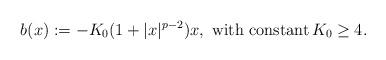
LaTeX: \begin{align*}b(x):=-K_0(1+|x|^{p-2})x,\,\, \mbox{with constant}\,K_0\ge4.\end{align*}